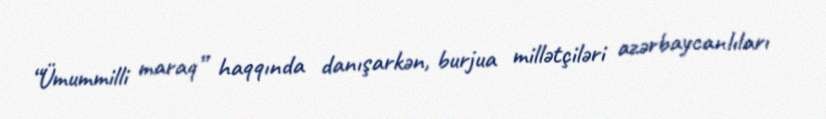
“Ümummilli maraq” haqqında danışarkən, burjua millətçiləri azərbaycanlıları